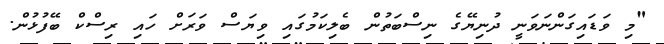
"މި ވަޑައިގަންނަވަނީ ދުނިޔޭގެ ނިސްބަތުން ބެލިކަމުގައި ވިޔަސް ވަރަށް ހައި ރިސްކް ބޭފުޅުން.